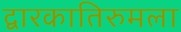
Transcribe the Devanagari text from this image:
द्वारकातिरुमला